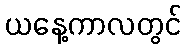
ယနေ့ကာလတွင်